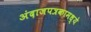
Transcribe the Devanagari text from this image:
अंदाजपत्रकामध्ये